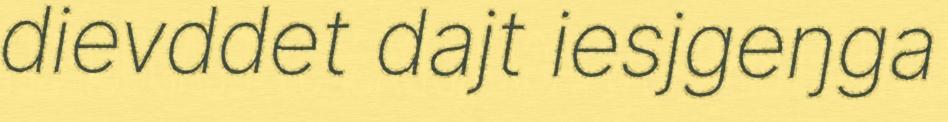
dievddet dajt iesjgeŋga